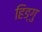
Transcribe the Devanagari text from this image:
हिङ्गु